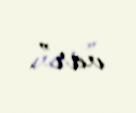
var”.